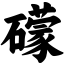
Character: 礞